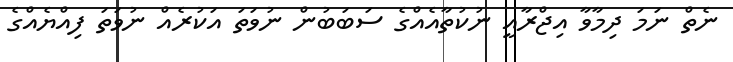
ނެތް ނަމަ ދިމާވާ އިޖްރާއީ ނުކުތާއެއްގެ ސަބަބުން ނުވަތަ އަކުރެއް ނުވަތަ ފިއްޔެއްގެ